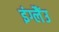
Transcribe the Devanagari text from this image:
इंग्लैंउ